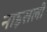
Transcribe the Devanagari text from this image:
नाइसली